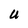
Character: U